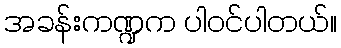
အခန်းကဏ္ဍက ပါဝင်ပါတယ်။